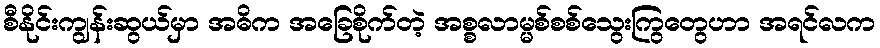
စီနိုင်းကျွန်းဆွယ်မှာ အဓိက အခြေစိုက်တဲ့ အစ္စလာမ္မစ်စစ်သွေးကြွတွေဟာ အရင်လက